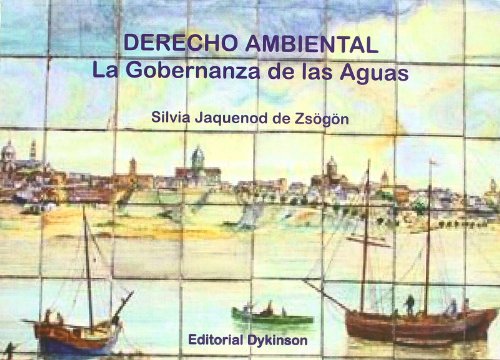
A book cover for Derecho Ambiental. La Gobernanza De Las Aguas (Spanish Edition); Silvia Jaquenod; Law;